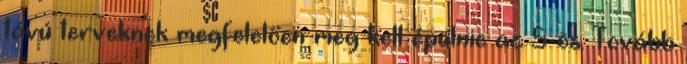
távú terveknek megfelelően meg kell épülnie az 5-ös. Tovább